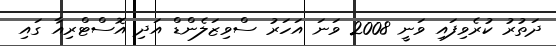
ދަތުރު ކުރެވިފައި ވަނީ 2008 ވަނަ އަހަރު ސްވިޒަލެންޑް އަދި އޮސްޓްރިއާ ގައި